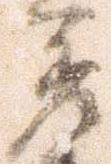
差